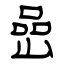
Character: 喦